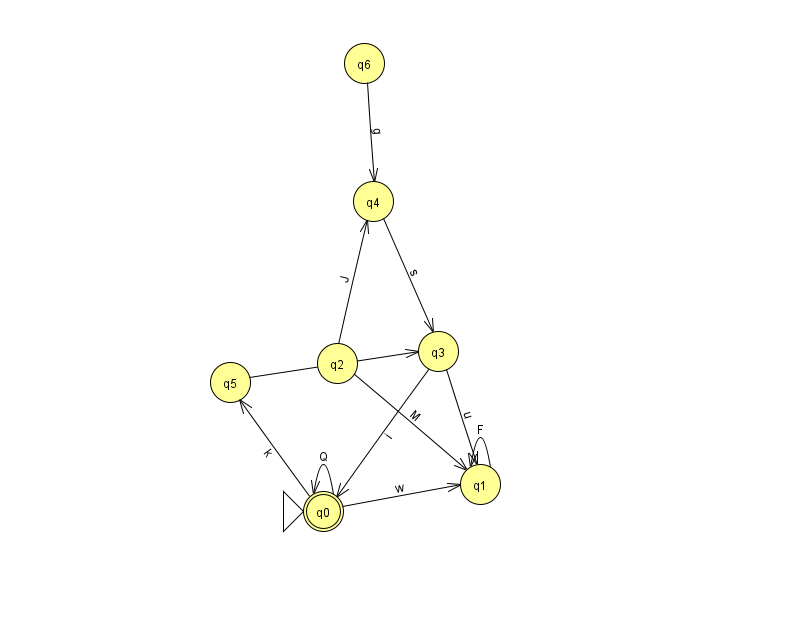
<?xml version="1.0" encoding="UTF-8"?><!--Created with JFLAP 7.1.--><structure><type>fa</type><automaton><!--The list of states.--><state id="0" name="q0"><x>323.0</x><y>498.0</y><initial/><final/></state><state id="1" name="q1"><x>480.0</x><y>471.0</y></state><state id="2" name="q2"><x>337.0</x><y>350.0</y></state><state id="3" name="q3"><x>438.0</x><y>338.0</y></state><state id="4" name="q4"><x>373.0</x><y>188.0</y></state><state id="5" name="q5"><x>230.0</x><y>369.0</y></state><state id="6" name="q6"><x>364.0</x><y>50.0</y></state><!--The list of transitions.--><transition><from>0</from><to>0</to><read>Q</read></transition><transition><from>2</from><to>4</to><read>J</read></transition><transition><from>2</from><to>1</to><read>M</read></transition><transition><from>1</from><to>1</to><read>F</read></transition><transition><from>5</from><to>3</to><read>g</read></transition><transition><from>0</from><to>5</to><read>k</read></transition><transition><from>3</from><to>0</to><read>i</read></transition><transition><from>4</from><to>3</to><read>s</read></transition><transition><from>3</from><to>1</to><read>u</read></transition><transition><from>6</from><to>4</to><read>g</read></transition><transition><from>0</from><to>1</to><read>w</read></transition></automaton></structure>